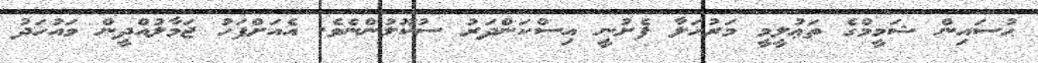
ޙުސައިން ޝަމީމްގެ ތަޢުލީމީ މަރުހަލާ ފެށުނީ އިސްކަންދަރު ސުކޫލުންނެވެ. އެއަށްފަހު ޖަމާލުއްދީން މައުހަދު